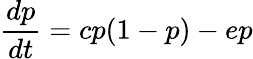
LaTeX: \frac{dp}{dt}=cp(1-p)-ep